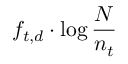
f _ { t , d } \cdot \log { \frac { N } { n _ { t } } }